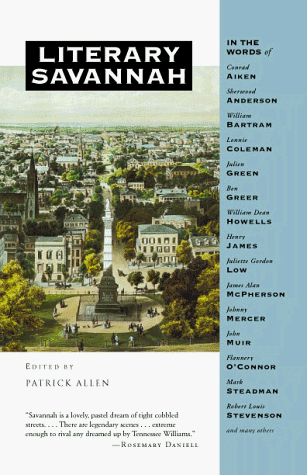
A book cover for Literary Savannah; Travel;